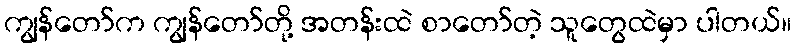
ကျွန်တော်က ကျွန်တော်တို့ အတန်းထဲ စာတော်တဲ့ သူတွေထဲမှာ ပါတယ်။